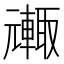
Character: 𮝦